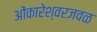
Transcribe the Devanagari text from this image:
ओंकारेश्वरजवळ